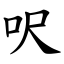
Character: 呎